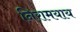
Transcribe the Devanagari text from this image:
निरामयाय